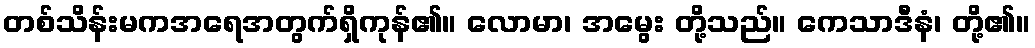
တစ်သိန်းမကအရေအတွက်ရှိကုန်၏။ လောမာ၊ အမွေး တို့သည်။ ကေသာဒီနံ၊ တို့၏။